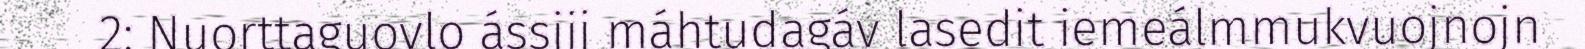
2: Nuorttaguovlo ássjij máhtudagáv lasedit iemeálmmukvuojnojn